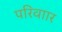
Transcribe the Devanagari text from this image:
परिवाार